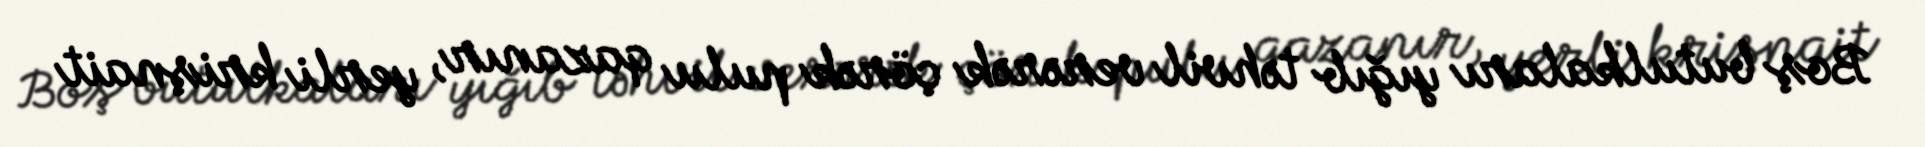
Boş butulkaları yığıb təhvil verərək çörək pulu qazanır, yerli krişnait